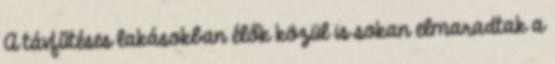
A távfűtéses lakásokban élők közül is sokan elmaradtak a